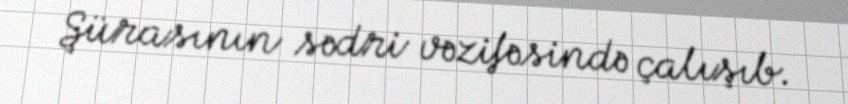
Şürasının sədri vəzifəsində çalışıb.